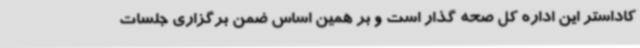
کاداستر این اداره کل صحه گذار است و بر همین اساس ضمن برگزاری جلسات